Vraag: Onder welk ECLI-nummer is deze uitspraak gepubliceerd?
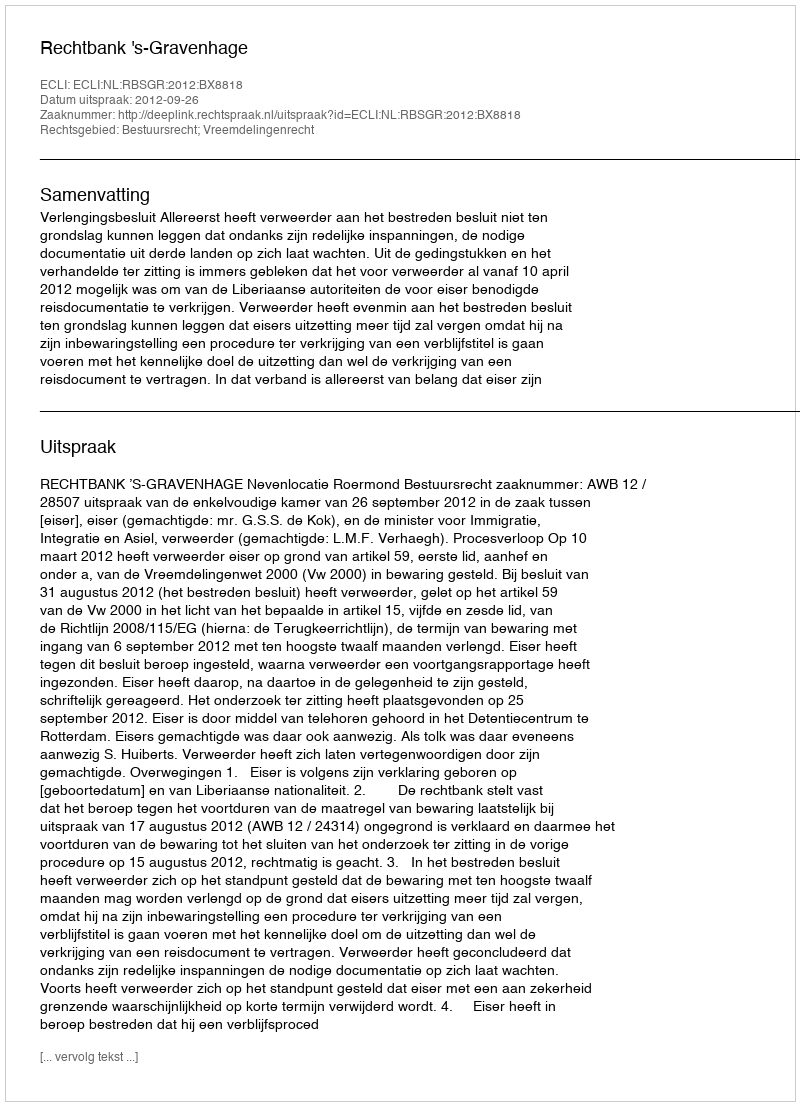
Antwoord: ECLI:NL:RBSGR:2012:BX8818